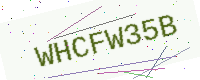
Text: WHCFW35B